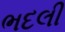
ભદલી